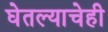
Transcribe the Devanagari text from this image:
घेतल्याचेही